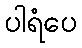
ပါရံပေ